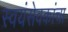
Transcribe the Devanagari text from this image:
स्वयंसेवकांचा